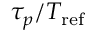
\tau _ { p } / T _ { \mathrm { r e f } }